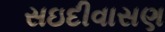
સઇદીવાસણ